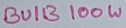
Text: BUIB100W